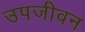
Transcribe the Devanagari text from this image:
उपजीवन